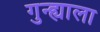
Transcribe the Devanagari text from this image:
गुन्ह्याला